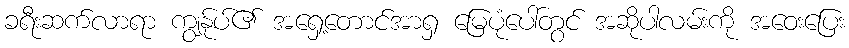
ခရီးဆက်လာရာ ကျွန်ုပ်၏ အရှေ့တောင်အာရှ မြေပုံပေါ်တွင် အဆိုပါလမ်းကို အဝေးပြေး